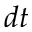
d t